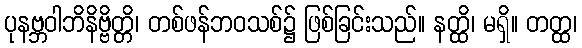
ပုနဗ္ဘဝါဘိနိဗ္ဗိတ္တိ၊ တစ်ဖန်ဘဝသစ်၌ ဖြစ်ခြင်းသည်။ နတ္ထိ၊ မရှိ။ တတ္ထ၊